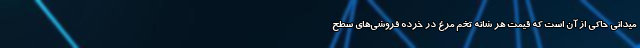
میدانی حاکی از آن است که قیمت هر شانه تخم مرغ در خرده فروشی‌های سطح